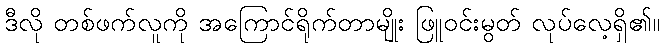
ဒီလို တစ်ဖက်လူကို အကြောင်ရိုက်တာမျိုး ဖြူဝင်းမွတ် လုပ်လေ့ရှိ၏။